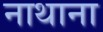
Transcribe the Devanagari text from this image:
नाथाना